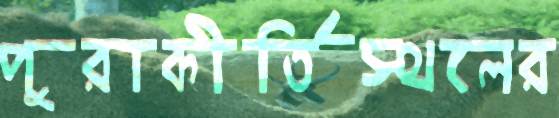
পুরাকীর্তিস্থলের